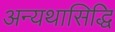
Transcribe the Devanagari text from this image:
अन्यथासिद्धि